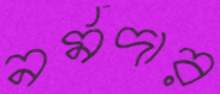
নর্মদার